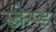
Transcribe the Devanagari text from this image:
स्क्रेप्ड